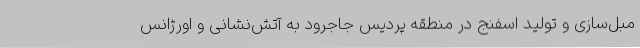
مبل‌سازی و تولید اسفنج در منطقه پردیس جاجرود به آتش‌نشانی و اورژانس